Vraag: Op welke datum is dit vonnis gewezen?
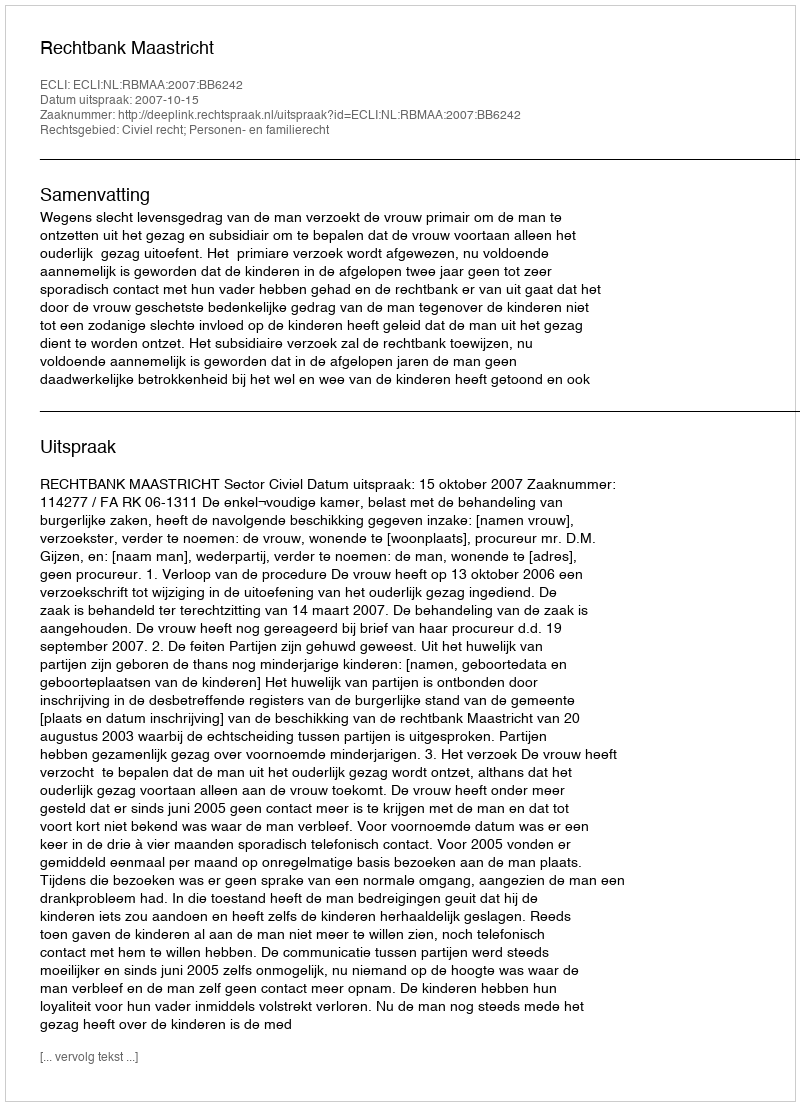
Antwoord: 2007-10-15